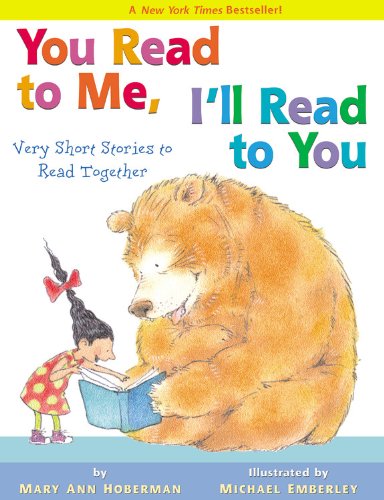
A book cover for You Read to Me, I'll Read to You: Very Short Stories to Read Together; Mary Ann Hoberman; Children's Books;